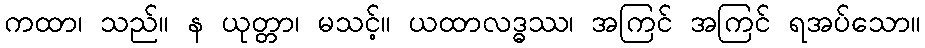
ကထာ၊ သည်။ န ယုတ္တာ၊ မသင့်။ ယထာလဒ္ဓဿ၊ အကြင် အကြင် ရအပ်သော။